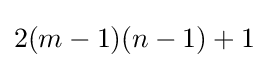
2(m-1)(n-1)+1